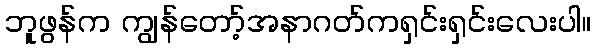
ဘူဖွန်က ကျွန်တော့်အနာဂတ်ကရှင်းရှင်းလေးပါ။